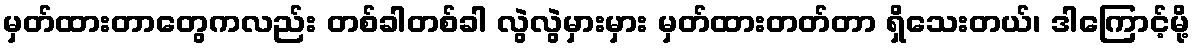
မှတ်ထားတာတွေကလည်း တစ်ခါတစ်ခါ လွဲလွဲမှားမှား မှတ်ထားတတ်တာ ရှိသေးတယ်၊ ဒါကြောင့်မို့